Report of the Indian Hemp Drugs Commission, 1894-1895 - Volume III
Year: 1894
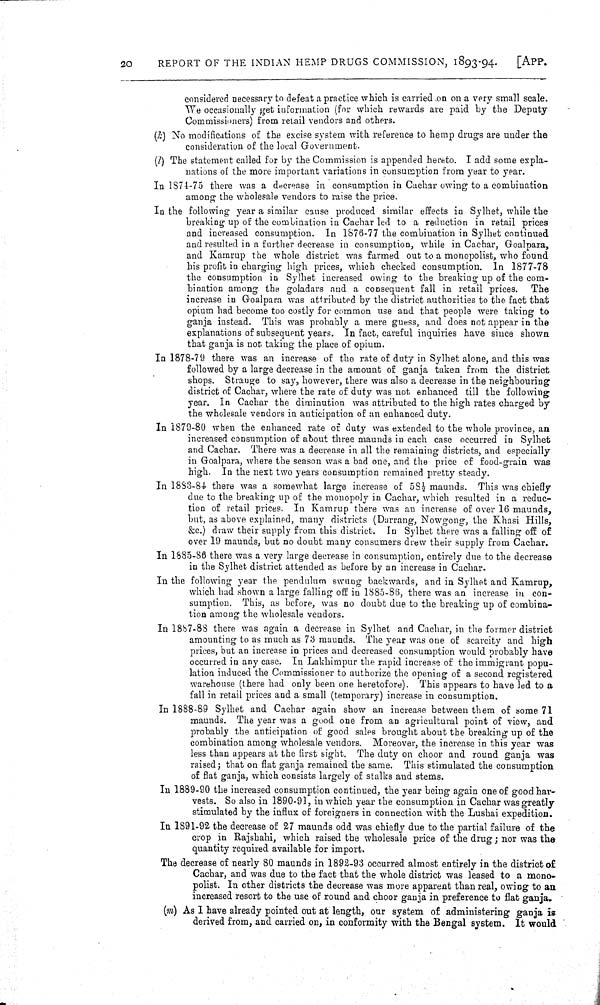
20
REPORT OF THE INDIAN HEMP DRUGS COMMISSION, 1893-94.
[APP.
considered necessary to defeat a practice which is carried on on a very small scale.
We occasionally get information (for which rewards are paid by the Deputy
Commissioners) from retail vendors and others.
(k) No modifications of the excise system with reference to hemp drugs are under the
consideration of the local Government.
(l) The statement called for by the Commission is appended hereto. I add some expla-
nations of the more important variations in consumption from year to year.
In 1874-75 there was a decrease in consumption in Cachar owing to a combination
among the wholesale vendors to raise the price.
In the following year a similar cause produced similar effects in Sylhet, while the
breaking up of the combination in Cachar led to a reduction in retail prices
and increased consumption. In 1876-77 the combination in Sylhet continued
and resulted in a further decrease in consumption, while in Cachar, Goalpara,
and Kamrup the whole district was farmed out to a monopolist, who found
his profit in charging high prices, which checked consumption. In 1877-78
the consumption in Sylhet increased owing to the breaking up of the com-
bination among the goladars and a consequent fall in retail prices. The
increase in Goalpara was attributed by the district authorities to the fact that
opium had become too costly for common use and that people were taking to
ganja instead. This was probably a mere guess, and does not appear in the
explanations of subsequent years. In fact, careful inquiries have since shown
that ganja is not taking the place of opium.
In 1878-79 there was an increase of the rate of duty in Sylhet alone, and this was
followed by a large decrease in the amount of ganja taken from the district
shops. Strange to say, however, there was also a decrease in the neighbouring
district of Cachar, where the rate of duty was not enhanced till the following
year. In Cachar the diminution was attributed to the high rates charged by
the wholesale vendors in anticipation of an enhanced duty.
In 1879-80 when the enhanced rate of duty was extended to the whole province, an
increased consumption of about three maunds in each case occurred in Sylhet
and Cachar. There was a decrease in all the remaining districts, and especially
in Goalpara, where the season was a bad one, and the price of food-grain was
high. In the next two years consumption remained pretty steady.
In 1883-84 there was a somewhat large increase of 581/2 maunds. This was chiefly
due to the breaking up of the monopoly in Cachar, which resulted in a reduc-
tion of retail prices. In Kamrup there was an increase of over 16 maunds,
but, as above explained, many districts (Darrang, Nowgong, the Khasi Hills,
&c.) draw their supply from this district. In Sylhet there was a falling off of
over 19 maunds, but no doubt many consumers drew their supply from Cachar.
In 1885-86 there was a very large decrease in consumption, entirely due to the decrease
in the Sylhet district attended as before by an increase in Cachar.
In the following year the pendulum swung backwards, and in Sylhet and Kamrup,
which had shown a large falling off in 1885-86, there was an increase in con-
sumption. This, as before, was no doubt due to the breaking up of combina-
tion among the wholesale vendors.
In 1887-88 there was again a decrease in Sylhet and Cachar, in the former district
amounting to as much as 73 maunds. The year was one of scarcity and high
prices, but an increase in prices and decreased consumption would probably have
occurred in any case. In Lakhimpur the rapid increase of the immigrant popu-
lation induced the Commissioner to authorize the opening of a second registered
warehouse (there had only been one heretofore). This appears to have led to a
fall in retail prices and a small (temporary) increase in consumption.
In 1888-89 Sylhet and Cachar again show an increase between them of some 71
maunds. The year was a good one from an agricultural point of view, and
probably the anticipation of good sales brought about the breaking up of the
combination among wholesale vendors. Moreover, the increase in this year was
less than appears at the first sight. The duty on choor and round ganja was
raised; that on flat ganja remained the same. This stimulated the consumption
of flat ganja, which consists largely of stalks and stems.
In 1889-90 the increased consumption continued, the year being again one of good har-
vests. So also in 1890-91, in which year the consumption in Cachar was greatly
stimulated by the influx of foreigners in connection with the Lushai expedition.
In 1891-92 the decrease of 27 maunds odd was chiefly due to the partial failure of the
crop in Rajshahi, which raised the wholesale price of the drug; nor was the
quantity required available for import.
The decrease of nearly 80 maunds in 1892-93 occurred almost entirely in the district of
Cachar, and was due to the fact that the whole district was leased to a mono-
polist. In other districts the decrease was more apparent than real, owing to an
increased resort to the use of round and choor ganja in preference to flat ganja.
(m) As I have already pointed out at length, our system of administering ganja is
derived from, and carried on, in conformity with the Bengal system. It would